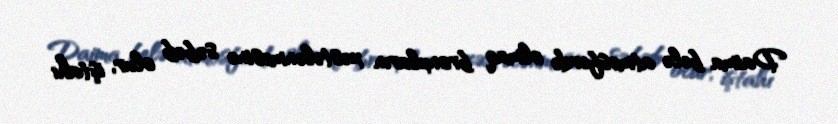
Daima belə atmosferdə olmaq bronxların xəstələnməsinə səbəb olur, iştahı